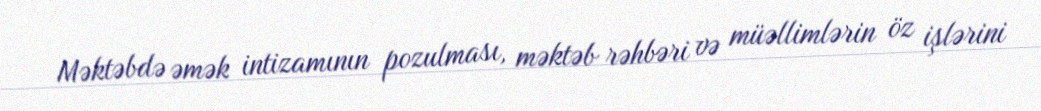
Məktəbdə əmək intizamının pozulması, məktəb rəhbəri və müəllimlərin öz işlərini